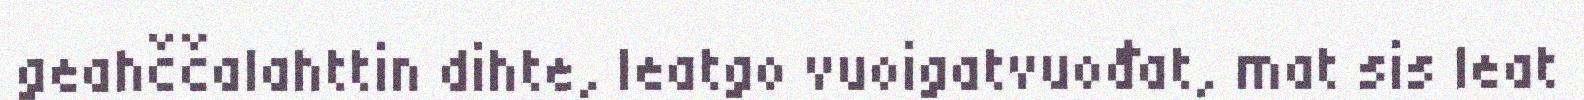
geahččalahttin dihte, leatgo vuoigatvuođat, mat sis leat